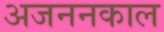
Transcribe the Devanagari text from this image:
अजननकाल